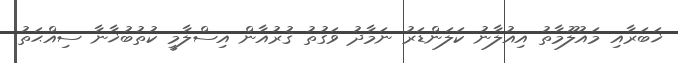
ޚަބަރާއި މައުލޫމާތު އިއުލާނު ކަލަންޑަރު ނަމާދު ވަގުތު ޤުރުއާން އިސްލާމީ ކުތުބުޚާނާ ސިއްޙަތު